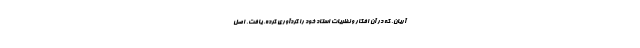
آریان، که در آن افکار و نظریات استاد خود را گردآوری کرده، یافت. اصل